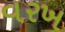
વરખ